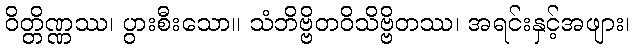
ဝိတ္တိဏ္ဏဿ၊ ပွားစီးသော။ သံဘိဗ္ဗိတဝိသိဗ္ဗိတဿ၊ အရင်းနှင့်အဖျား၊